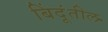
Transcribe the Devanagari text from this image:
बिंदूंतील